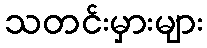
သတင်းမှားများ